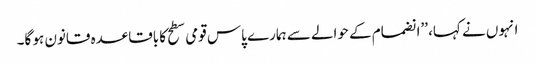
انہوں نے کہا، ’’انضمام کے حوالے سے ہمارے پاس قومی سطح کا باقاعدہ قانون ہو گا۔